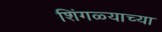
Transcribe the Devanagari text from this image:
शिंगळ्याच्या